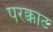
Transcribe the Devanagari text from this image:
परक्काट